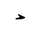
Letter: _dal